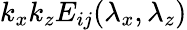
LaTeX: k_{x}k_{z}E_{ij}(\lambda_{x},\lambda_{z})